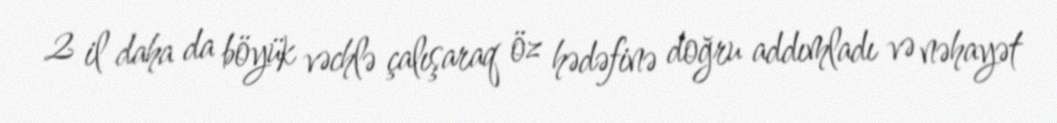
2 il daha da böyük vəchlə çalışaraq öz hədəfinə doğru addımladı və nəhayət